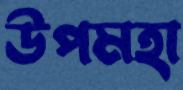
উপমহা